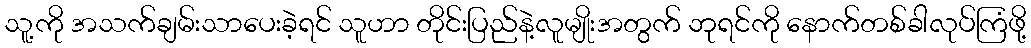
သူ့ကို အသက်ချမ်းသာပေးခဲ့ရင် သူဟာ တိုင်းပြည်နဲ့လူမျိုးအတွက် ဘုရင်ကို နောက်တစ်ခါလုပ်ကြံဖို့